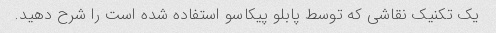
یک تکنیک نقاشی که توسط پابلو پیکاسو استفاده شده است را شرح دهید.